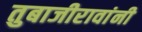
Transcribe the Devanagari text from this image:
तुबाजीरावांनी